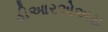
ડીઆરએઅસ